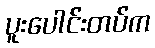
ပူးပေါင်းတပ်က